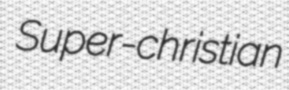
Super-christian